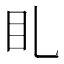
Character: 𥃤